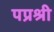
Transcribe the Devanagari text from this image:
पप्रश्री